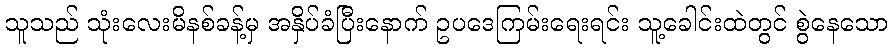
သူသည် သုံးလေးမိနစ်ခန့်မှ အနှိပ်ခံပြီးနောက် ဥပဒေကြမ်းရေးရင်း သူ့ခေါင်းထဲတွင် စွဲနေသော